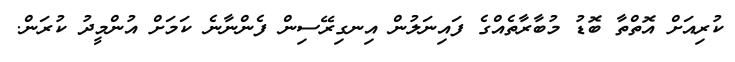
ކުރިއަށް އޮތްތާ ބޮޑު މުބާރާތެއްގެ ފައިނަލުން އިނގިރޭސިން ފެންނާނެ ކަމަށް އުންމީދު ކުރަން.